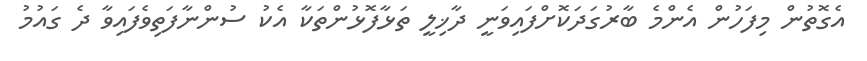
އެގޮތުން މިފަހުން އެންމެ ބާރުގަދަކޮށްފައިވަނީ ދާޚިލީ ތަޅާފޮޅުންތަކާ އެކު ސުންނާފަތިވެފައިވާ ދެ ގައުމު